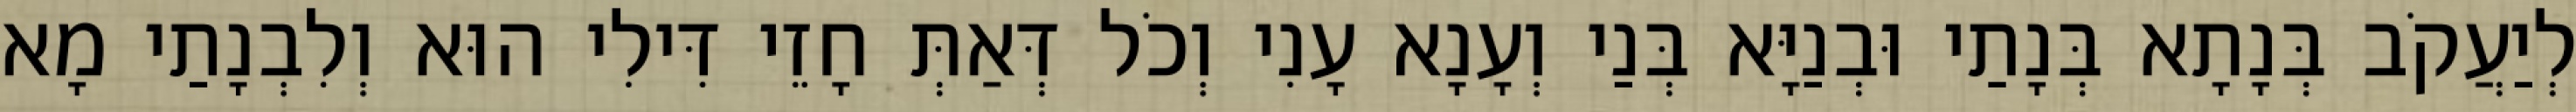
לְיַעֲקֹב בְּנָתָא בְּנָתַי וּבְנַיָּא בְּנַי וְעָנָא עָנִי וְכֹל דְּאַתְּ חָזֵי דִּילִי הוּא וְלִבְנָתַי מָא